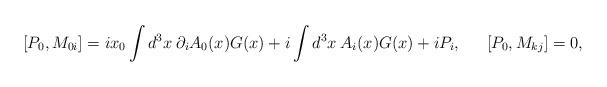
LaTeX: \begin{align*}[P_0,M_{0i}]=ix_0 \int d^3x \:\partial_i A_0(x) G(x)+i \int d^3x \:A_i(x) G(x)+iP_i, \hspace{0.25in}[P_0,M_{kj}]=0,\end{align*}